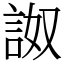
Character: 詉